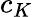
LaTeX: c_{K}